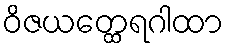
ဝိဇယတ္ထေရဂါထာ